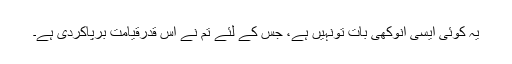
یہ کوئی ایسی انوکھی بات تونہیں ہے، جس کے لئے تم نے اس قدرقیامت برپاکردی ہے۔